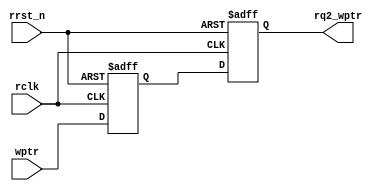
// distributed under the mit license
// https://opensource.org/licenses/mit-license.php

`timescale 1 ns / 1 ps

module sync_w2r

    #(
    parameter ASIZE = 4
    )(
    input  wire              rclk,
    input  wire              rrst_n,
    output reg  [ASIZE:0] rq2_wptr,
    input  wire [ASIZE:0] wptr
    );

    (* ASYNC_REG = "TRUE" *) reg [ASIZE:0] rq1_wptr;

    always @(posedge rclk or negedge rrst_n) begin

        if (!rrst_n)
            {rq2_wptr,rq1_wptr} <= 0;
        else
            {rq2_wptr,rq1_wptr} <= {rq1_wptr,wptr};

    end

endmodule

`resetall